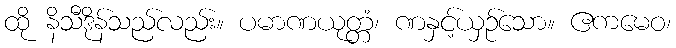
ထို နိသီဒိုန်သည်လည်း။ ပမာဏယုတ္တံ၊ ဏနှင့်ယှဉ်သော။ ဧကမေဝ၊